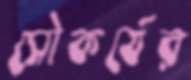
সৌকর্যের